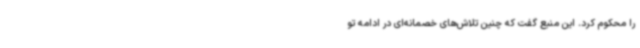
را محکوم کرد. این منبع گفت که چنین تلاش‌های خصمانه‌ای در ادامه تو